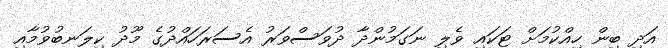
އަދި ބިން ހިއްކުމަށް ޓަކައި ވެލި ނަގަމުންދާ ދުވަސްވަރު އެސަރަހައްދުގެ މޫދު ކިލަނބުވުމާއި